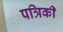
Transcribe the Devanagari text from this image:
पत्रिकी